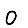
Digit: 0